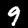
Digit: 9